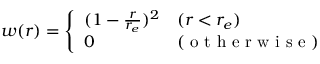
\begin{array} { r } { w ( r ) = \left\{ \begin{array} { l l } { ( 1 - \frac { r } { r _ { e } } ) ^ { 2 } } & { ( r < r _ { e } ) } \\ { 0 } & { ( \mathrm { ~ o ~ t ~ h ~ e ~ r ~ w ~ i ~ s ~ e ~ } ) } \end{array} \right. } \end{array}